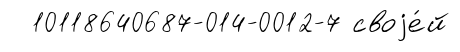
10118640687-014-0012-7 своjе́й